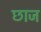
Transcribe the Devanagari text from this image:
छाज